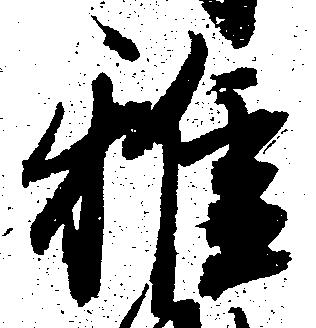
雅